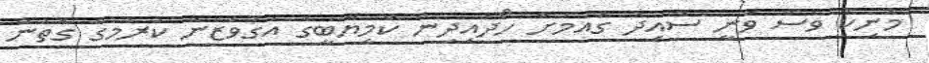
މަނިކު ވެސް ވަނީ ސާއިދު ގައުމަށް ހޯދައިދިން ކާމިޔާބީގެ އަގުވަޒަން ކުރުމުގެ ގޮތުން